Medical and sanitary report of the native army of Bengal for the year
Year: 1878
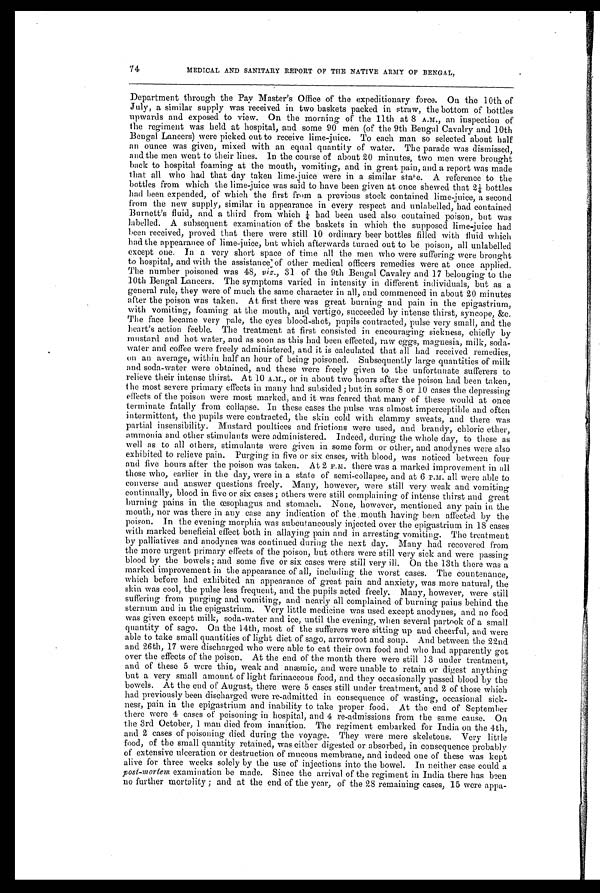
MEDICAL AND SANITARY REPORT OF THE NATIVE ARMY OF BENGAL,
Department through the Pay Master's Office of the expeditionary force. On the 10th of
July, a similar supply was received in two baskets packed in straw, the bottom of bottles
upwards and exposed to view. On the morning of the 11th at 8 A.M., an inspection of
the regiment was held at hospital, and some 90 men (of the 9th Bengal Cavalry and 10th
Bengal Lancers) were picked out to receive lime-juice. To each man so selected about half
an ounce was given, mixed with an equal quantity of water. The parade was dismissed,
and the men went to their lines. In the course of about 20 minutes, two men were brought
back to hospital foaming at the mouth, vomiting, and in great pain, and a report was made
that all who had that day taken lime-juice were in a similar state. A reference to the
bottles from which the lime-juice was said to have been given at once shewed that 2¼ bottles
had been expended, of which the first from a previous stock contained lime-juice, a second
from the new supply, similar in appearance in every respect and unlabelled, had contained
Burnett's fluid, and a third from which ¼ had been used also contained poison, but was
labelled. A subsequent examination of the baskets in which the supposed lime-juice had
been received, proved that there were still 10 ordinary beer bottles filled with fluid which
had the appearance of lime-juice, but which afterwards turned out to be poison, all unlabelled
except one. In a very short space of time all the men who were suffering were brought
to hospital, and with the assistance of other medical officers remedies were at once applied.
The number poisoned was 48, viz ., 31 of' the 9th Bengal Cavalry and 17 belonging to the
10th Bengal Lancers. The symptoms varied in intensity in different individuals, but as a
general rule, they were of much the same character in all, and commenced in about 20 minutes
after the poison was taken. At first there was great burning and pain in the epigastrium,
with vomiting, foaming at the mouth, and vertigo, succeeded by intense thirst, syncope, &c.
The face became very pale, the eyes blood-shot, pupils contracted, pulse very small, and the
heart's action feeble. The treatment at first consisted in encouraging sickness, chiefly by
mustard and hot water, and as soon as this had been effected, raw eggs, magnesia, milk, soda
-water and coffee were freely administered, and it is calculated that all had received remedies,
on an average, within half an hour of being poisoned. Subsequently large quantities of milk
and soda-water were obtained, and these were freely given to the unfortunate sufferers to
relieve their intense thirst. At 10 A.M., or in about two hours after the poison had been taken,
the most severe primary effects in many had subsided; but in some 8 or 10 cases the depressing
effects of the poison were most marked, and it was feared that many of these would at once
terminate fatally from collapse. In these cases the pulse was almost imperceptible and often
intermittent, the pupils were contracted, the skin cold with clammy sweats, and there was
partial insensibility. Mustard poultices and frictions were used, and brandy, chloric ether,
ammonia and other stimulants were administered. Indeed, during the whole day, to these as
well as to all others, stimulants were given in some form or other, and anodynes were also
exhibited to relieve pain. Purging in five or six cases, with blood, was noticed between four
and five hours after the poison was taken. At 2 P.M. there was a marked improvement in all
those who, earlier in the day, were in a state of semi-collapse, and at 6 P.M. all were able to
converse and answer questions freely. Many, however, were still very weak and vomiting
continually, blood in five or six cases; others were still complaining of intense thirst and great
burning pains in the esophagus and stomach. None, however, mentioned any pain in the
mouth, nor was there in any case any indication of the mouth having been affected by the
poison. In the evening morphia was subcutaneously injected over the epigastrium in 18 cases
with marked beneficial effect both in allaying pain and in arresting vomiting. The treatment
by palliatives and anodynes was continued during the next day. Many had recovered from
the more urgent primary effects of the poison, but others were still very sick and were passing
blood by the bowels; and some five or six cases were still very ill. On the 13th there was a
marked improvement in the appearance of all, including the worst cases. The countenance,
which before had exhibited an appearance of great pain and anxiety, was more natural, the
skin was cool, the pulse less frequent, and the pupils acted freely. Many, however, were still
suffering from purging and vomiting, and nearly all complained of burning pains behind the
sternum and in the epigastrium. Very little medicine was used except anodynes, and no food
was given except milk, soda-water and ice, until the evening, when several partook of a small
quantity of sago. On the 14th, most of the sufferers were sitting up and cheerful, and were
able to take small quantities of light diet of sago, arrowroot and soup. And between the 22nd
and 26th, 17 were discharged who were able to eat their own food and who had apparently got
over the effects of the poison. At the end of the month there were still 13 under treatment,
and of these 5 were thin, weak and anæmic, and were unable to retain or digest anything
but a very small amount of light farinaceous food, and they occasionally passed blood by the
bowels. At the end of August, there were 5 cases still under treatment, and 2 of those which
had previously been discharged were re-admitted in consequence of wasting, occasional sick
-ness, pain in the epigastrium and inability to take proper food. At the end of September
there were 4 cases of poisoning in hospital, and 4 re-admissions from the same cause. On
the 3rd October, 1 man died from inanition. The regiment embarked for India on the 4th,
and 2 cases of poisoning died during the voyage. They were mere skeletons. Very little
food, of the small quantity retained, was either digested or absorbed, in consequence probably
of extensive ulceration or destruction of mucous membrane, and indeed one of these was kept
alive for three weeks solely by the use of injections into the bowel. In neither case could a
post-mortem examination be made. Since the arrival of the regiment in India there has been
no further mortality; and at the end of the year, of the 28 remaining cases, 15 were appa-